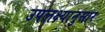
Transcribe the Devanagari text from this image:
उपलक्ष्यानुसार